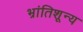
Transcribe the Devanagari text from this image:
भ्रांतिशून्य